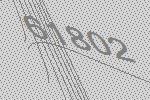
61802